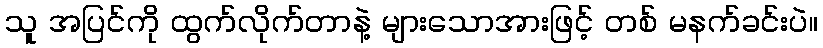
သူ အပြင်ကို ထွက်လိုက်တာနဲ့ များသောအားဖြင့် တစ် မနက်ခင်းပဲ။